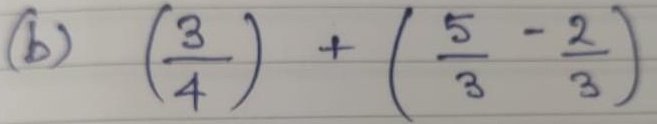
(b) \(\left(\frac{3}{4}\right)+\left(\frac{5}{3}-\frac{2}{3}\right)\)